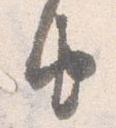
由